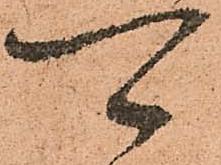
可